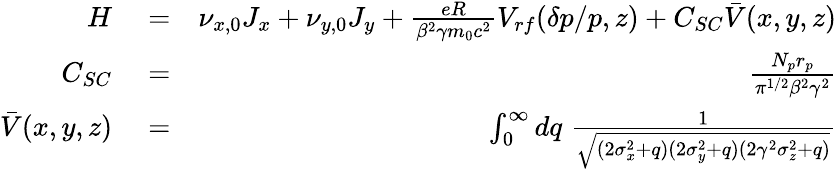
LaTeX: \begin{array}{rlr}{H}&{{}=}&{\nu_{x,0}J_{x}+\nu_{y,0}J_{y}+\frac{eR}{\beta^{2}\gamma m_{0}c^{2}}V_{rf}(\delta p/p,z)+C_{SC}\bar{V}(x,y,z)}\\ {C_{SC}}&{{}=}&{\frac{N_{p}r_{p}}{\pi^{1/2}\beta^{2}\gamma^{2}}}\\ {\bar{V}(x,y,z)}&{{}=}&{\int_{0}^{\infty}dq\; \frac{1}{\sqrt{(2\sigma_{x}^{2}+q)(2\sigma_{y}^{2}+q)(2\gamma^{2}\sigma_{z}^{2}+q)}}}\end{array}